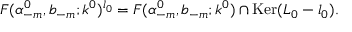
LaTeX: { \cal F } ( \alpha _ { - m } ^ { 0 } , b _ { - m } ; k ^ { 0 } ) ^ { l _ { 0 } } = { \cal F } ( \alpha _ { - m } ^ { 0 } , b _ { - m } ; k ^ { 0 } ) \cap \mathrm { K e r } ( L _ { 0 } - l _ { 0 } ) .